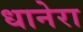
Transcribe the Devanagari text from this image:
धानेरा